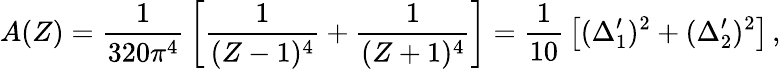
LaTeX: A(Z)={\frac{1}{320\pi^{4}}}\left[{\frac{1}{(Z-1)^{4}}}+{\frac{1}{(Z+1)^{4}}}\right]={\frac{1}{10}}\left[(\Delta_{1}^{\prime})^{2}+(\Delta_{2}^{\prime})^{2}\right]\, ,